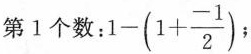
第1个数：$$1-(1+ \frac{-1}{2})$$;